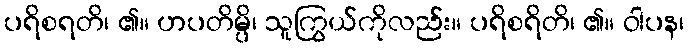
ပရိစရတိ၊ ၏။ ဟပတိမ္ပိ၊ သူကြွယ်ကိုလည်း။ ပရိစရိတိ၊ ၏။ ဝါပန၊